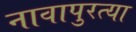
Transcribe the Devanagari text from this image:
नावापुरत्या